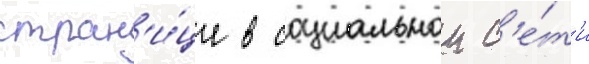
стран'и́це в социальнои с'е́т'и